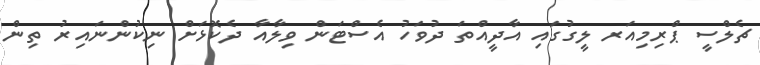
ޗެލްސީ ޕްރިމިއަރ ލީގުގައި އާދީއްތަ ދުވަހު އެސްޓަން ވިލާއާ ދެކޮޅަށް ނިކުންނައިރު ތިން